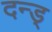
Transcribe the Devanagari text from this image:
दन्ड्